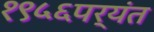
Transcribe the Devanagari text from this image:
१९५६पर्यंत